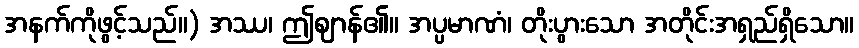
အနက်ကိုဖွင့်သည်။) အဿ၊ ဤဈာန်၏။ အပ္ပမာဏံ၊ တိုးပွားသော အတိုင်းအရှည်ရှိသော။